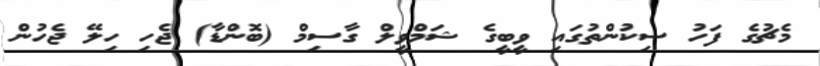
މެޗުގެ ފަހު ސިކުންތުގައި ވީބީގެ ޝަމްވީލް ގާސިމް (ބޮންޑާ) ޖެހި ހިލޭ ޖެހުން